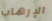
الإرهاب